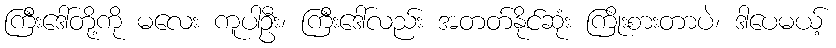
ကြီးဒေါ်တို့ကို မလေး ကူပါဦး၊ ကြီးဒေါ်လည်း အတတ်နိုင်ဆုံး ကြိုးစားတာပဲ၊ ဒါပေမယ့်